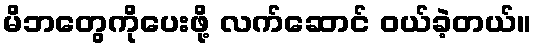
မိဘတွေကိုပေးဖို့ လက်ဆောင် ဝယ်ခဲ့တယ်။